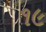
૧૯